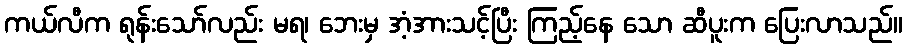
ကယ်လီက ရုန်းသော်လည်း မရ၊ ဘေးမှ အံ့အားသင့်ပြီး ကြည့်နေ သော ဆီပူးက ပြေးလာသည်။